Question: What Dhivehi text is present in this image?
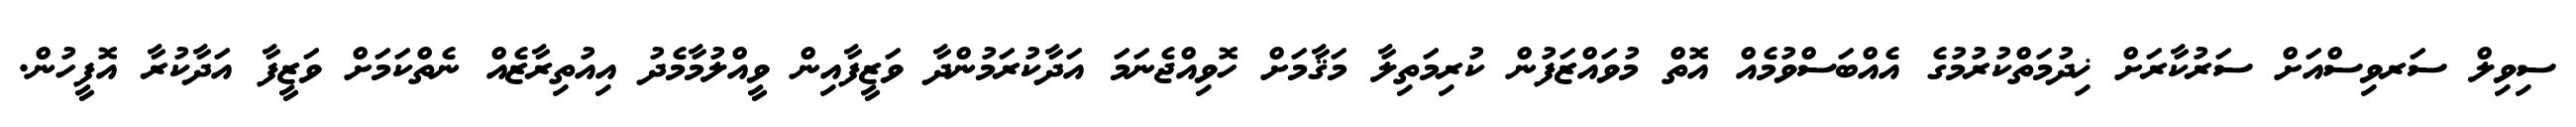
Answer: ސިވިލް ސަރވިސްއަށް ސަރުކާރަށް ޚިދުމަތްކުރުމުގެ އެއްބަސްވުމެއް އޮތް މުވައްޒަފުން ކުރިމަތިލާ މަޤާމަށް ހޮވިއްޖެނަމަ އަދާކުރަމުންދާ ވަޒީފާއިން ވީއްލުމާމެދު އިއުތިރާޒެއް ނެތްކަމަށް ވަޒީފާ އަދާކުރާ އޮފީހުން.